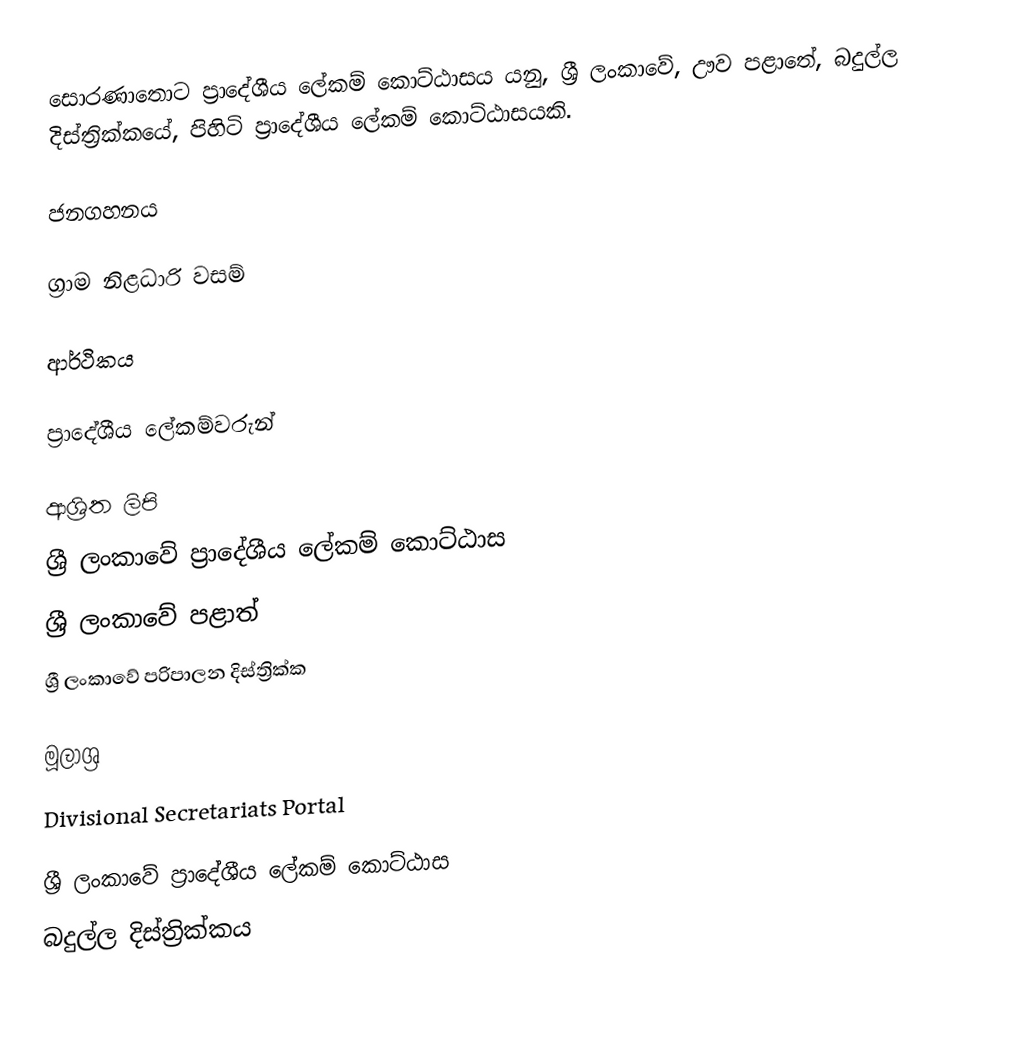
සොරණාතොට ප්‍රාදේශීය ලේකම් කොට්ඨාසය යනු,  ශ්‍රී ලංකාවේ, ඌව පළාතේ,   බදුල්ල දිස්ත්‍රික්කයේ, පිහිටි ප්‍රාදේශීය ලේකම් කොට්ඨාසයකි.

ජනගහනය

ග්‍රාම නිළධාරි වසම්

ආර්ථිකය

ප්‍රාදේශීය ලේකම්වරුන්

ආශ්‍රිත ලිපි
ශ්‍රී ලංකාවේ ප්‍රාදේශීය ලේකම් කොට්ඨාස
ශ්‍රී ලංකාවේ පළාත්
ශ්‍රී ලංකාවේ පරිපාලන දිස්ත්‍රික්ක

මූලාශ්‍ර
 Divisional Secretariats Portal

ශ්‍රී ලංකාවේ ප්‍රාදේශීය ලේකම් කොට්ඨාස
බදුල්ල දිස්ත්‍රික්කය